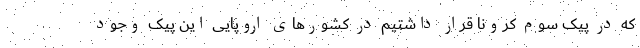
که در پیک سوم کرونا قرار داشتیم در کشور‌های اروپایی این پیک وجود